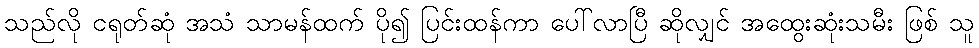
သည်လို ငရုတ်ဆုံ အသံ သာမန်ထက် ပို၍ ပြင်းထန်ကာ ပေါ်လာပြီ ဆိုလျှင် အထွေးဆုံးသမီး ဖြစ် သူ